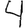
Digit: 4